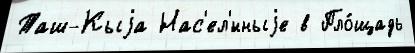
Таш-Кыjа Нас'ел'́нныjе в Пло́щадь